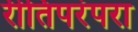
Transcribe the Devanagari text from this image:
रीतिपरंपरा